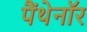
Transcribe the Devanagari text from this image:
पैंथेनॉर